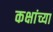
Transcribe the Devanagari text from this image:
कक्षांच्या